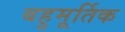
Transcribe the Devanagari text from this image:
बहुमूर्तिक